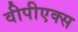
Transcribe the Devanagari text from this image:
वीपीएक्स